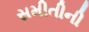
સમીતીની